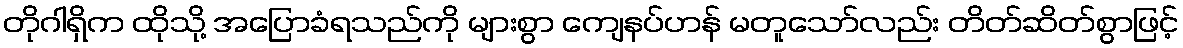
တိုဂါရှိက ထိုသို့ အပြောခံရသည်ကို များစွာ ကျေနပ်ဟန် မတူသော်လည်း တိတ်ဆိတ်စွာဖြင့်